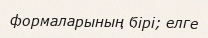
формаларының бірі; елге